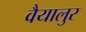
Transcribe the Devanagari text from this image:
वैयालुर